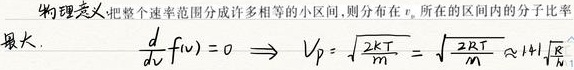
物理意义：把整个速率范围分成许多相等的小区间，则分布在 \(v_{p}\) 所在的区间内的分子比率最大。\(\frac{d}{dv}f(v)=0\Rightarrow V_{p}=\sqrt{\frac{2kT}{m}}=\sqrt{\frac{2RT}{M}}\approx 1.41\sqrt{\frac{RT}{M}}\)